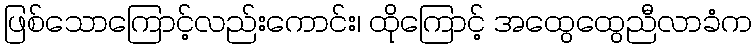
ဖြစ်သောကြောင့်လည်းကောင်း၊ ထိုကြောင့် အထွေထွေညီလာခံက